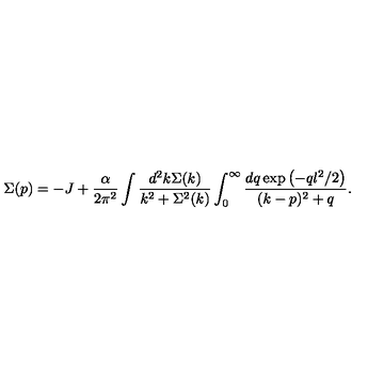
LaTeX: \Sigma ( p ) = - J + \frac { \alpha } { 2 \pi ^ { 2 } } \int \frac { d ^ { 2 } k \Sigma ( k ) } { k ^ { 2 } + \Sigma ^ { 2 } ( k ) } \int _ { 0 } ^ { \infty } \frac { d q \exp \left( - q l ^ { 2 } / 2 \right) } { ( k - p ) ^ { 2 } + q } .